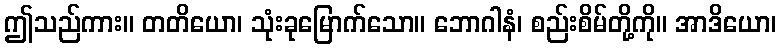
ဤသည်ကား။ တတိယော၊ သုံးခုမြောက်သော။ ဘောဂါနံ၊ စည်းစိမ်တို့ကို။ အာဒိယော၊